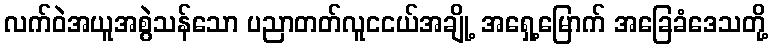
လက်ဝဲအယူအစွဲသန်သော ပညာတတ်လူငငယ်အချို့ အရှေ့မြောက် အခြေခံဒေသတို့